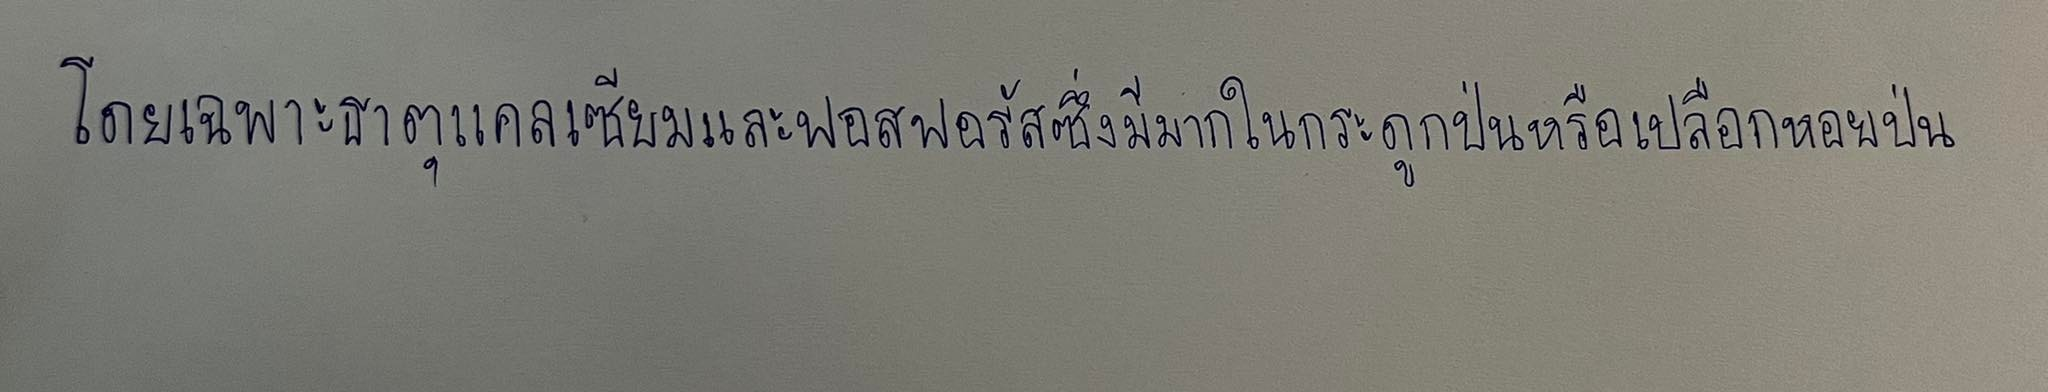
โดยเฉพาะธาตุแคลเซียมและฟอสฟอรัสซึ่งมีมากในกระดูกป่นหรือเปลือกหอยป่น